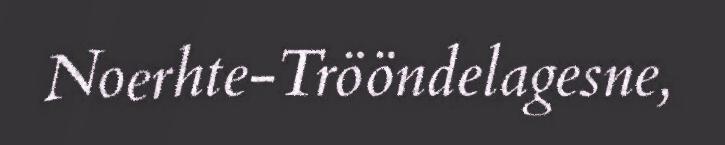
Noerhte-Trööndelagesne,